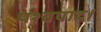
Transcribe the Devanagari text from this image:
पश्चपाद।